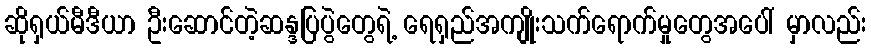
ဆိုရှယ်မီဒီယာ ဦးဆောင်တဲ့ဆန္ဒပြပွဲတွေရဲ့ ရေရှည်အကျိုးသက်ရောက်မှုတွေအပေါ် မှာလည်း